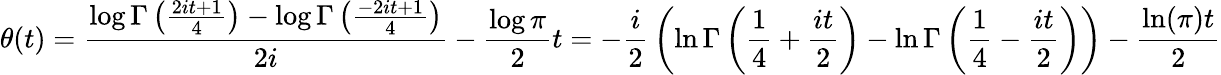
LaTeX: \theta(t)={\frac{\log\Gamma\left({\frac{2it+1}{4}}\right)-\log\Gamma\left({\frac{-2it+1}{4}}\right)}{2i}}-{\frac{\log\pi}{2}}t=-{\frac{i}{2}}\left(\ln\Gamma\left({\frac{1}{4}}+{\frac{it}{2}}\right)-\ln\Gamma\left({\frac{1}{4}}-{\frac{it}{2}}\right)\right)-{\frac{\ln(\pi)t}{2}}